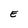
Character: E